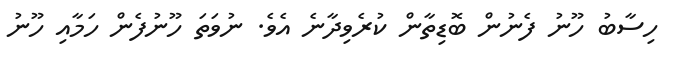
ހިސާބު ހޫނު ފެނުން ބޮޑިތާން ކުރެވިދާނެ އެވެ. ނުވަތަ ހޫނުފެން ހަމާއި ހޫނު